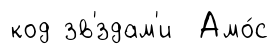
код зв'́здам'и Амо́с